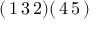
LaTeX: ( \, 1 \, 3 \, 2 ) ( \, 4 \, 5 \, )